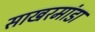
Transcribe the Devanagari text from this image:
साखरमांडा